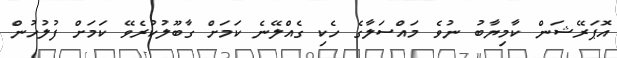
އޮޕަރޭޝަން ކާމިޔާބު ނުވެ މައްސަލާގެ ހެކި ގެއްލޭނެ ކަމަށް ގާބޫލުކުރެވޭ ކަމަށް ފުލުހުން